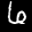
Label: 6